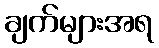
ချက်များအရ